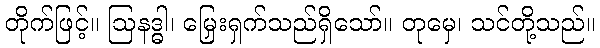
တိုက်ဖြင့်။ ဩနဒ္ဓါ၊ မြှေးရှက်သည်ရှိသော်။ တုမှေ၊ သင်တို့သည်။